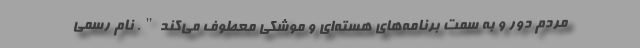
مردم دور و به سمت برنامه‌های هسته‌ای و موشکی معطوف می‌کند". نام رسمی